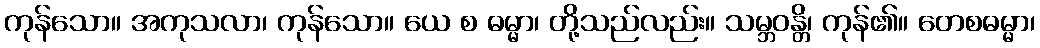
ကုန်သော။ အကုသလာ၊ ကုန်သော။ ယေ စ ဓမ္မာ၊ တို့သည်လည်း။ သမ္ဘဝန္တိ၊ ကုန်၏။ တေစဓမ္မာ၊